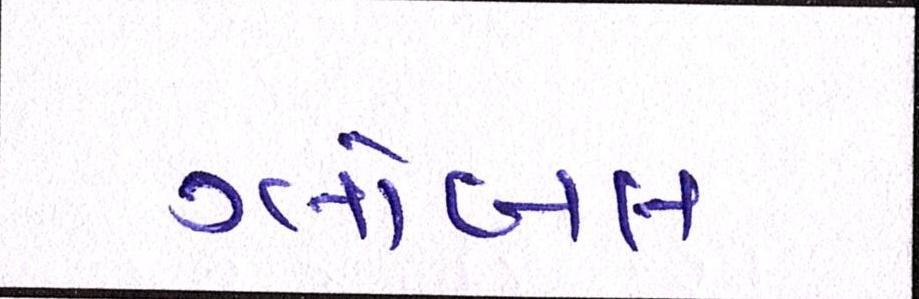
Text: ગ્લોબલ